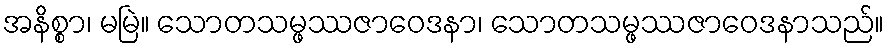
အနိစ္စာ၊ မမြဲ။ သောတသမ္ဖဿဇာဝေဒနာ၊ သောတသမ္ဖဿဇာဝေဒနာသည်။